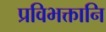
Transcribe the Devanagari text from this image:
प्रविभक्तानि